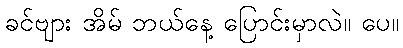
ခင်ဗျား အိမ် ဘယ်နေ့ ပြောင်းမှာလဲ။ ပေ။